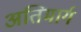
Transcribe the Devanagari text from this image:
अतिमार्ग